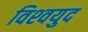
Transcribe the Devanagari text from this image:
विश्‍वयुद